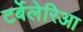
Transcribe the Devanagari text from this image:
टर्बेलेरिआ